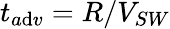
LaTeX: t_{a\mathrm{d}v}=R/V_{SW}